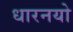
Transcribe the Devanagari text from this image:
धारनयो